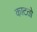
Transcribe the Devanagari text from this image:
काटतो